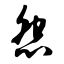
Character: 怨